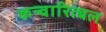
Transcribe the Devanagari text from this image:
कन्वारित्बल